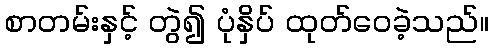
စာတမ်းနှင့် တွဲ၍ ပုံနှိပ် ထုတ်ဝေခဲ့သည်။